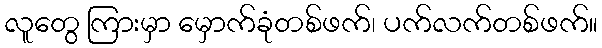
လူတွေ ကြားမှာ မှောက်ခုံတစ်ဖက်၊ ပက်လက်တစ်ဖက်။